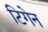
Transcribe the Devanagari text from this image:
टिगेन